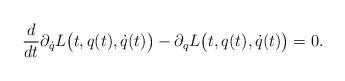
LaTeX: \begin{align*} \frac{d}{dt}\partial_{\dot q}L\bigl(t,q(t),\dot q(t)\bigr) -\partial_{q}L\bigl(t,q(t),\dot q(t)\bigr)=0.\end{align*}